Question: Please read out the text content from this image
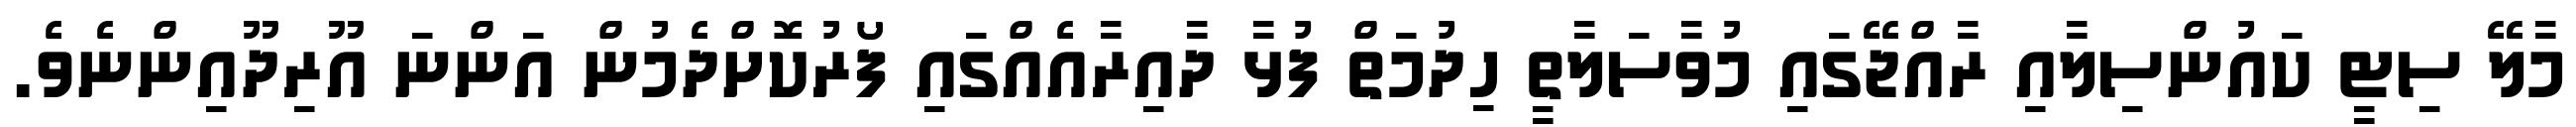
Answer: މާލޭ ސިޓީ ކައުންސިލާއި ރާއްޖޭގައި މުވާސަލާތީ ހިދުމަތް ފުޅާ ދާއިރާއެއްގައި ފޯރުކޮށްދެމުން އަންނަ އޫރިދޫއިންނެވެ.